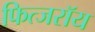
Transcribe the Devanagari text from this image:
फित्जरॉय